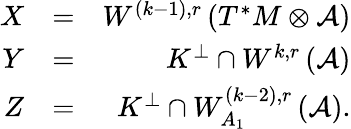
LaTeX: \begin{array}{rlr}{X}&{=}&{W^{\left(k-1\right),r}\left(T^{\ast}M\otimes\mathcal{A}\right)}\\ {Y}&{=}&{K^{\perp}\cap W^{k,r}\left(\mathcal{A}\right)}\\ {Z}&{=}&{K^{\perp}\cap W_{A_{1}}^{\left(k-2\right),r}\left(\mathcal{A}\right).}\end{array}